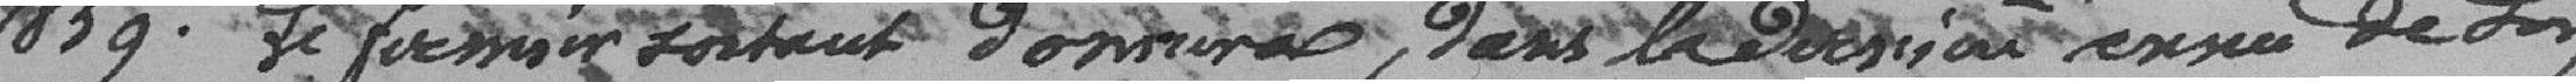
1859. Le fermier sortant donnera, dans la dernière année de son